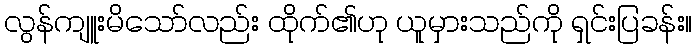
လွန်ကျူးမိသော်လည်း ထိုက်၏ဟု ယူမှားသည်ကို ရှင်းပြခန်း။